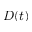
D ( t )